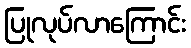
ပြုလုပ်လာကြောင်း